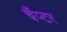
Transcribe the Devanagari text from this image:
चैंप्टर